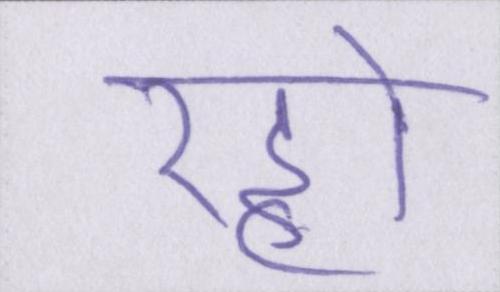
रहो